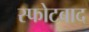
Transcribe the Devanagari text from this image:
स्फोटबाद